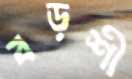
বড়শী